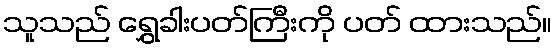
သူသည် ရွှေခါးပတ်ကြီးကို ပတ် ထားသည်။